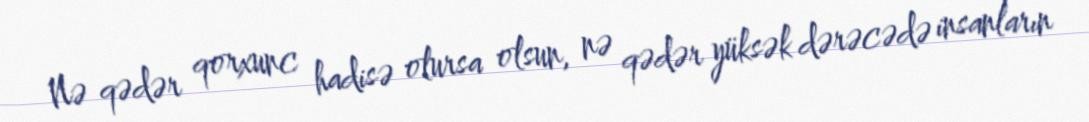
Nə qədər qorxunc hadisə olursa olsun, nə qədər yüksək dərəcədə insanların